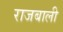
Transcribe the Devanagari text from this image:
राजबाली